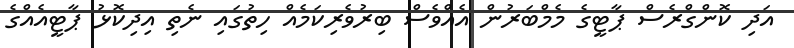
އަދި ކޮންގްރެސް ޕާޓީގެ މެމްބަރުން އެއްވެސް ބިރުވެރިކަމެއް ހިތުގައި ނެތި އިދިކޮޅު ޕާޓީއެއްގެ